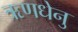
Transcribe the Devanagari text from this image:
ऋणधेनु